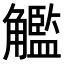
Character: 𧥈